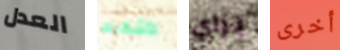
العدل لأشكرك براي أخرى